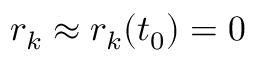
r _ { k } \approx r _ { k } ( t _ { 0 } ) = 0